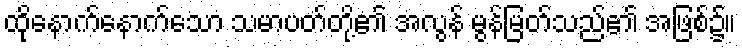
ထိုနောက်နောက်သော သမာပတ်တို့၏ အလွန် မွန်မြတ်သည်၏ အဖြစ်၌။